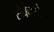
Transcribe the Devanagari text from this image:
सेवेबरोबर